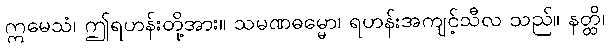
ဣမေသံ၊ ဤရဟန်းတို့အား။ သမဏဓမ္မော၊ ရဟန်းအကျင့်သီလ သည်။ နတ္ထိ၊